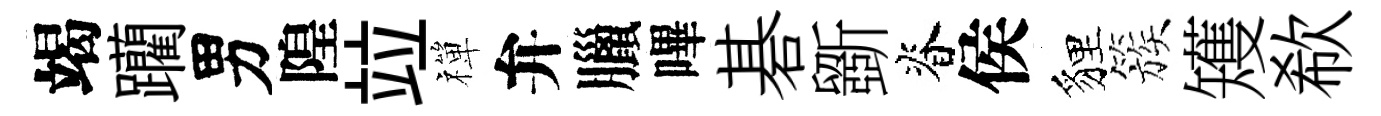
竭躪男隍竝禪弁臘嗶碁斵脊侯貍簇矱欷